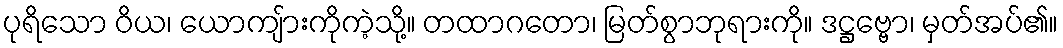
ပုရိသော ဝိယ၊ ယောကျ်ားကိုကဲ့သို့။ တထာဂတော၊ မြတ်စွာဘုရားကို။ ဒဋ္ဌဗ္ဗော၊ မှတ်အပ်၏။